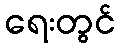
ရေးတွင်